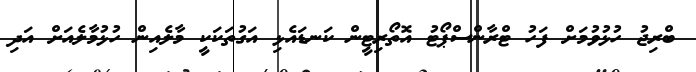
ބްރިޖު ހުޅުވުމަށް ފަހު ޓްރާންސްޕޯޓު އޮތޯރިޓީން ކަނޑައެޅި އަގުތަކަކީ މާލެއިން ހުޅުމާލެއަށް އަދި